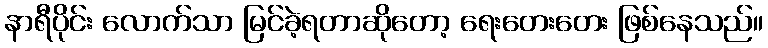
နာရီပိုင်း လောက်သာ မြင်ခဲ့ရတာဆိုတော့ ရေးတေးတေး ဖြစ်နေသည်။